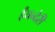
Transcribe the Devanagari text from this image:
र्हैंचन्देरी